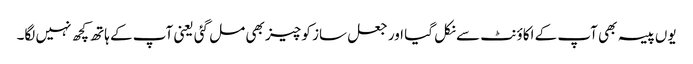
یوں پیسہ بھی آپ کے اکاؤنٹ سے نکل گیا اور جعل ساز کو چیز بھی مل گئی یعنی آپ کے ہاتھ کچھ نہیں لگا۔